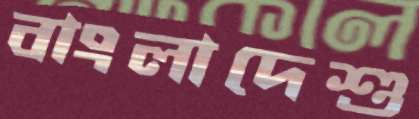
বাংলাদেশু